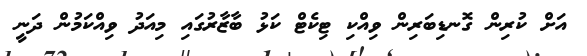
އަށް ކުރިން ގޮނޑިބަރިން ވިއްކި ޓިކެޓް ކަޅު ބާޒާރުގައި މިއަދު ވިއްކަމުން ދަނީ